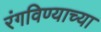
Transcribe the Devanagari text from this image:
रंगविण्याच्या